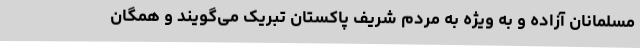
مسلمانان آزاده و به ویژه به مردم شریف پاکستان تبریک می‌گویند و همگان